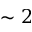
\sim 2